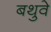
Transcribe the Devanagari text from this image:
बथुवे